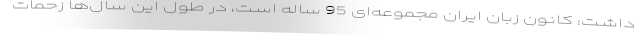
داشت: کانون زبان ایران مجموعه‌ای 95 ساله است، در طول این سال‌ها زحمات